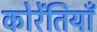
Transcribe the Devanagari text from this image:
कोरेंतियाँ